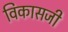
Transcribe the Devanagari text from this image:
विकासजी